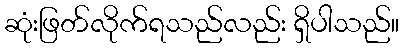
ဆုံးဖြတ်လိုက်ရသည်လည်း ရှိပါသည်။